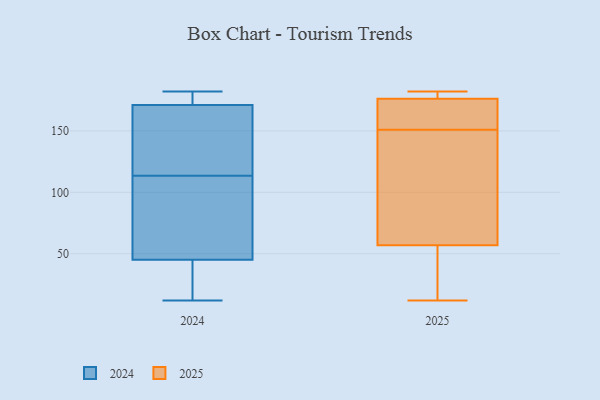
{"axis": {"x": "Customer Acquisition Cost (USD)", "y": "Value"}, "legend": ["2024", "2025"], "data": [{"x": "", "y": 171, "type": "2024"}, {"x": "", "y": 23, "type": "2024"}, {"x": "", "y": 145, "type": "2024"}, {"x": "", "y": 82, "type": "2024"}, {"x": "", "y": 174, "type": "2024"}, {"x": "", "y": 105, "type": "2024"}, {"x": "", "y": 177, "type": "2024"}, {"x": "", "y": 182, "type": "2024"}, {"x": "", "y": 142, "type": "2024"}, {"x": "", "y": 79, "type": "2024"}, {"x": "", "y": 122, "type": "2024"}, {"x": "", "y": 45, "type": "2024"}, {"x": "", "y": 24, "type": "2024"}, {"x": "", "y": 12, "type": "2024"}, {"x": "", "y": 12, "type": "2025"}, {"x": "", "y": 182, "type": "2025"}, {"x": "", "y": 170, "type": "2025"}, {"x": "", "y": 177, "type": "2025"}, {"x": "", "y": 54, "type": "2025"}, {"x": "", "y": 182, "type": "2025"}, {"x": "", "y": 151, "type": "2025"}, {"x": "", "y": 174, "type": "2025"}, {"x": "", "y": 66, "type": "2025"}, {"x": "", "y": 114, "type": "2025"}, {"x": "", "y": 40, "type": "2025"}]}